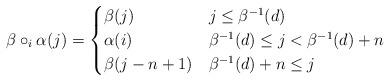
LaTeX: \begin{align*} \beta\circ_i \alpha(j)=\begin{cases}\beta(j) & j\leq \beta^{-1}(d) \\\alpha(i) & \beta^{-1}(d) \leq j < \beta^{-1}(d)+n\\\beta(j-n+1) & \beta^{-1}(d)+n \leq j\end{cases}\end{align*}